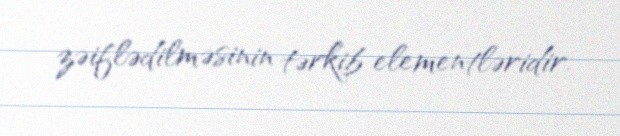
zəiflədilməsinin tərkib elementləridir.